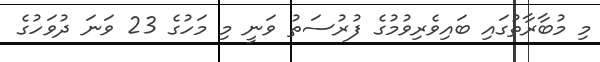
މި މުބާރާތުގައި ބައިވެރިވުމުގެ ފުރުސަތު ވަނީ މި މަހުގެ 23 ވަނަ ދުވަހުގެ